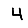
Digit: 4